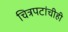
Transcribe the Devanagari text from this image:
चित्रपटांचीही